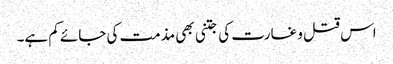
اس قتل و غارت کی جتنی بھی مذمت کی جائے کم ہے۔